65_HS1-834228961_62-HQ-83894_Serial_164
Agency: FBI
Page 34
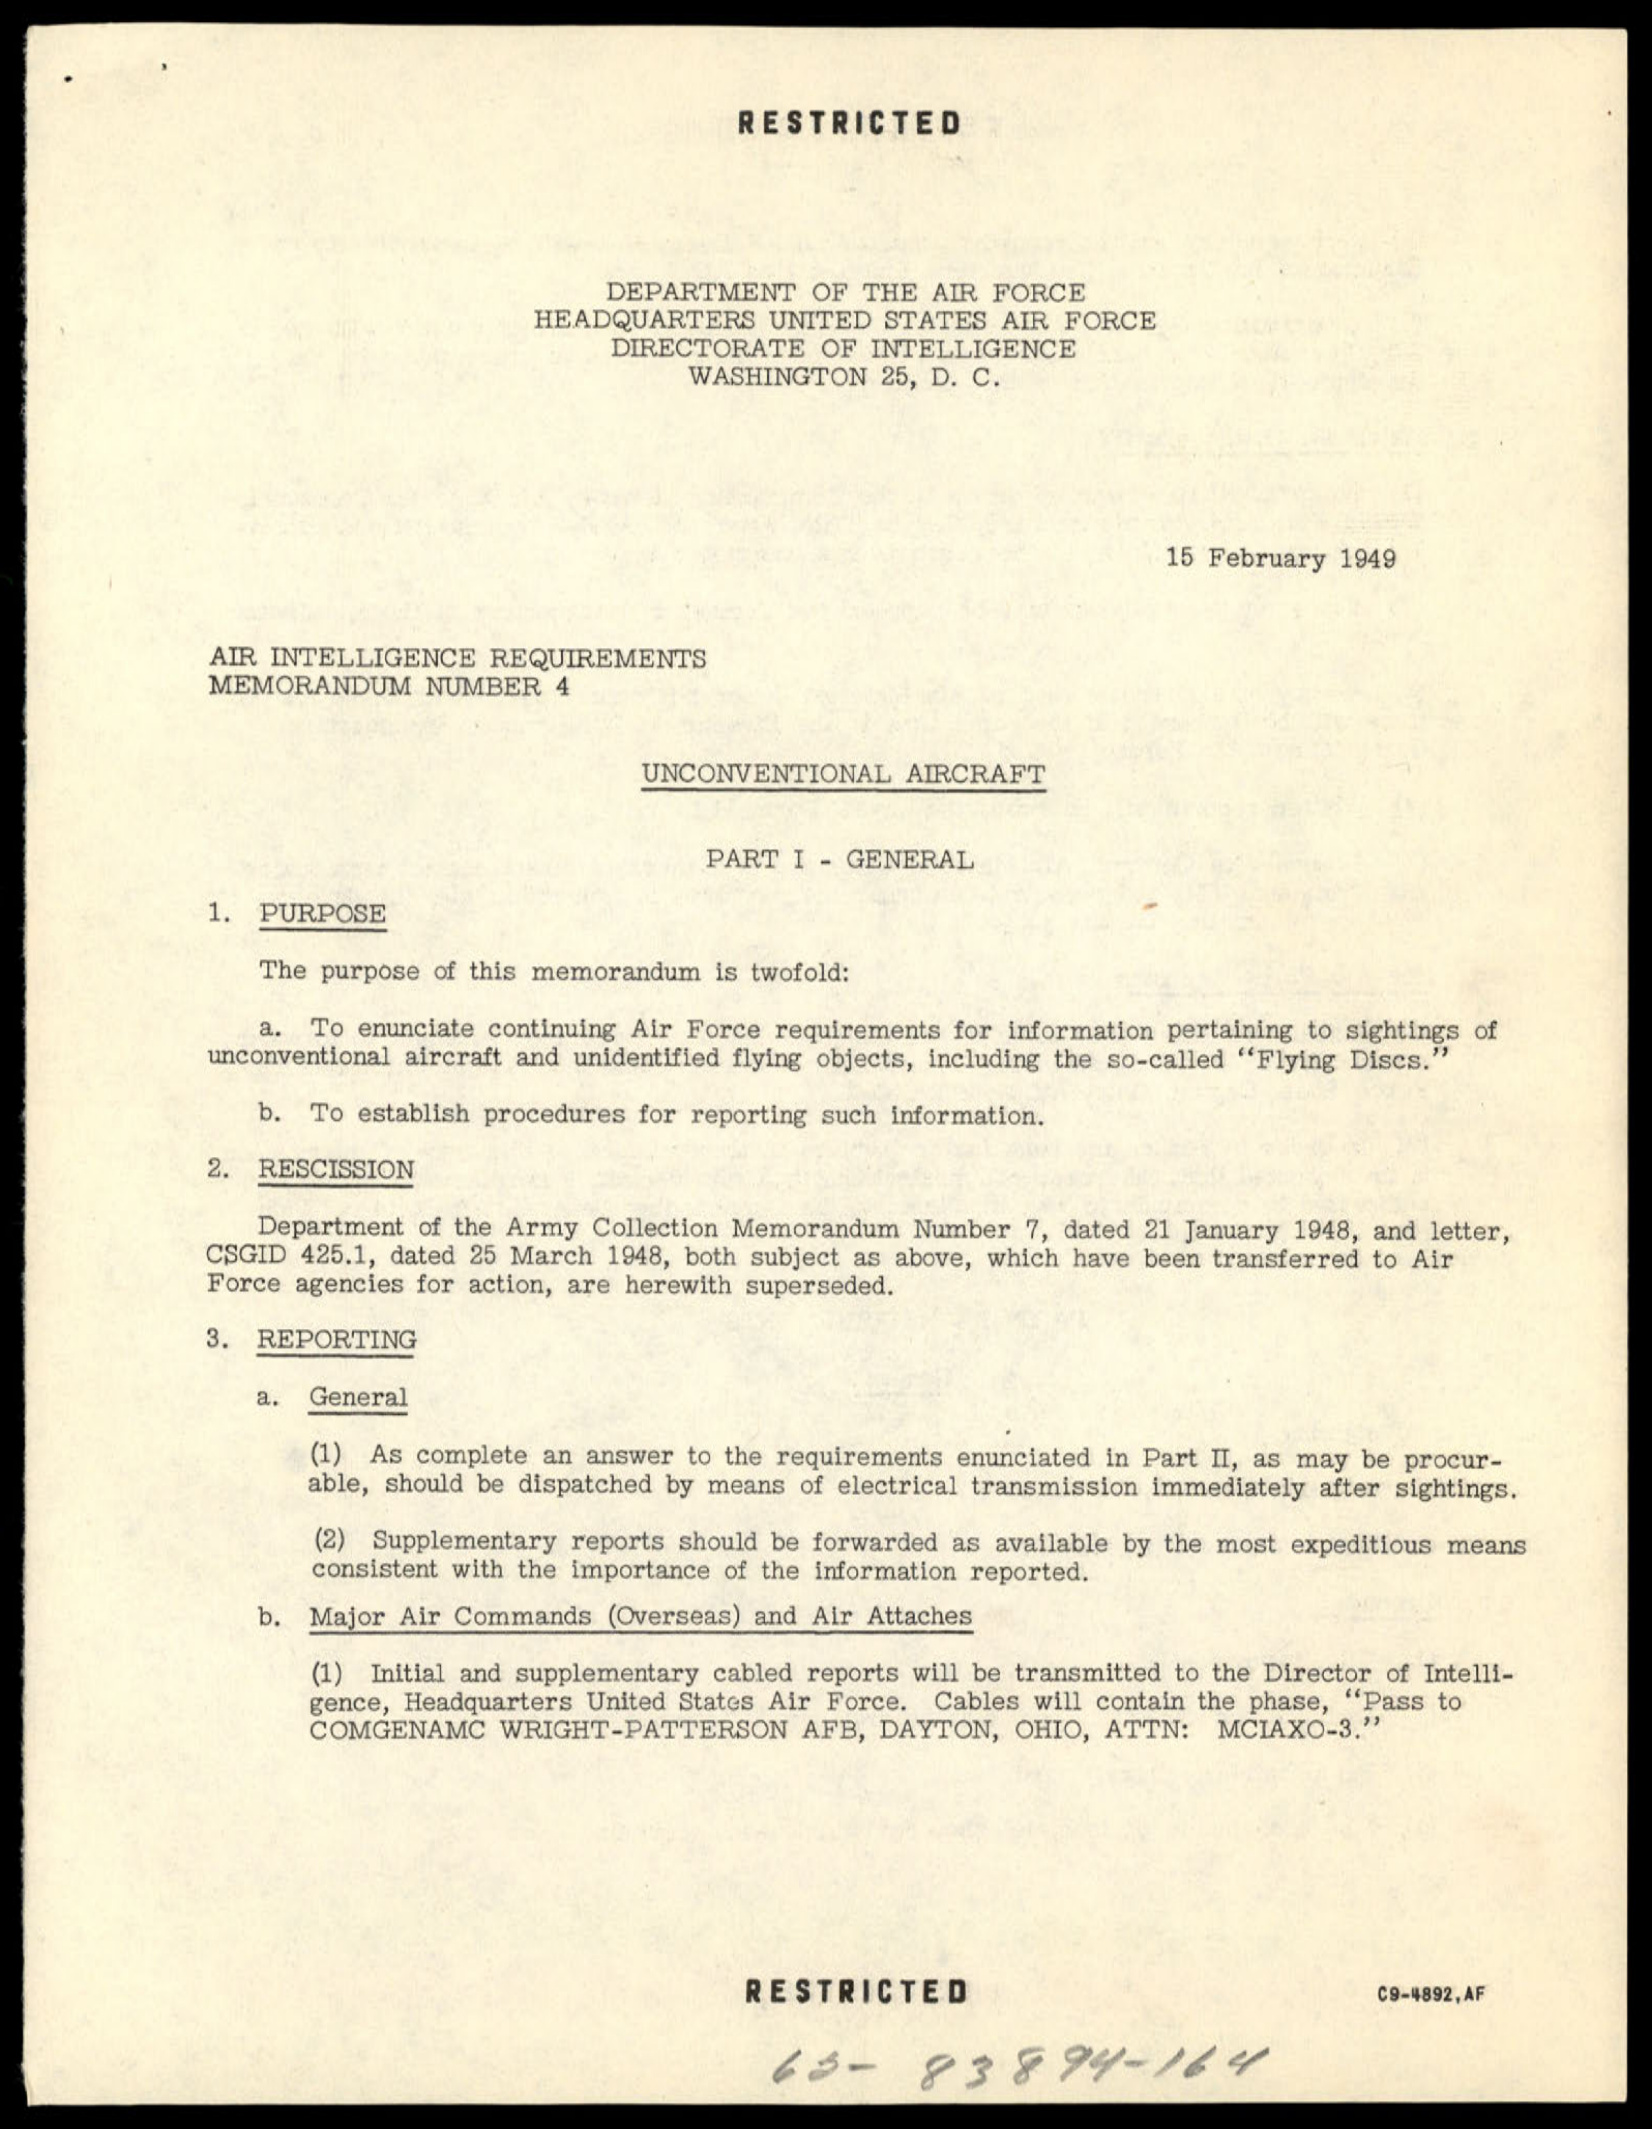